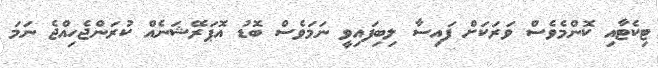
ޓިކެޓާއި ކޮންމެވެސް ވަރަކަށް ފައިސާ ލިބިފައިވީ ނަމަވެސް ބޮޑު އޮޕަރޭޝަނެއް ކުރަންޖެހިއްޖެ ނަމަ